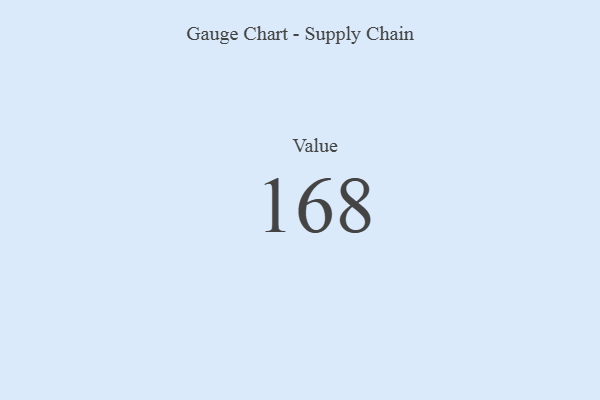
{"axis": {"x": "Metric", "y": "Value"}, "legend": [""], "data": [{"x": "Value", "y": 168, "type": ""}]}